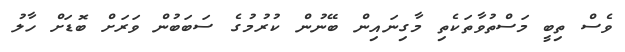
ވެސް ތިބީ މަސްތުވާތަކެތި މާގިނައިން ބޭނުން ކުރުމުގެ ސަބަބުން ވަރަށް ބޮޑަށް ހާލު